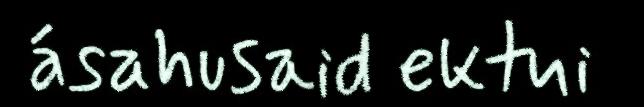
ásahusaid ektui